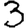
Digit: 3